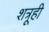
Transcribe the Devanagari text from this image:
शत्रूही